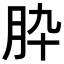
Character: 𦙈